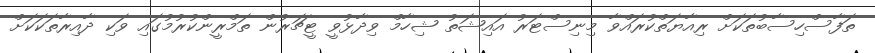
ތަފާސްހިސާބުތަކަށް ރިއާޔަތްކުރައްވާ މިނިސްޓަރު އައިޝަތު ޝިހާމް ވިދާޅުވީ ޓީޗަރުން ތަމްރީންކުރުމުގައި ވަކި ދާއިރާތަކަކަށް